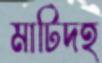
মাটিদহ